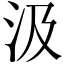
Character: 汲